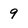
Character: 9